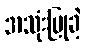
အသုံးပြုခဲ့